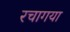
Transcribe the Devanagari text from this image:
रचागया